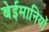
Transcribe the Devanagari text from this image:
बेईमानियों